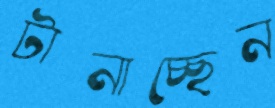
টানাচ্ছেন